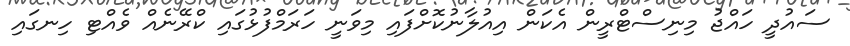
ސައުދީ ހައްޖު މިނިސްޓްރީން އެކަން އިއުލާނުކޮށްފައި މިވަނީ ހަރަމްފުޅުގައި ކްރޭނެއް ވެއްޓި ހިނގައި